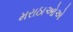
મરાઠાઓએ